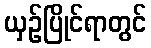
ယှဉ်ပြိုင်ရာတွင်